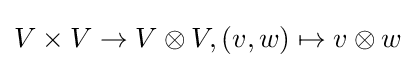
V\times V\to V\otimes V,(v,w)\mapsto v\otimes w